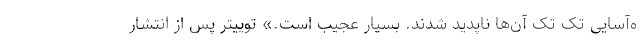
ه‌آسایی تک تک آن‌ها ناپدید شدند. بسیار عجیب است.» توییتر پس از انتشار